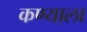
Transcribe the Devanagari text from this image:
कण्याला